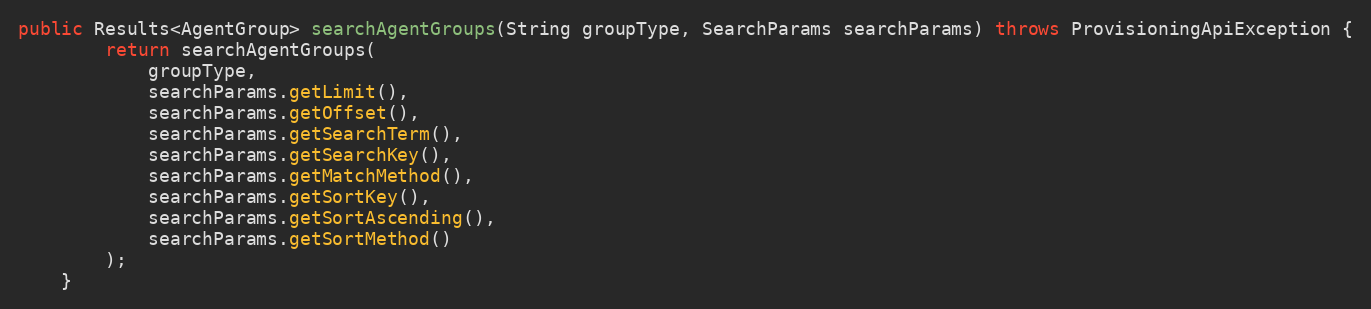
Language: Java
public Results<AgentGroup> searchAgentGroups(String groupType, SearchParams searchParams) throws ProvisioningApiException {
		return searchAgentGroups(
			groupType,
			searchParams.getLimit(),
			searchParams.getOffset(),
			searchParams.getSearchTerm(),
			searchParams.getSearchKey(),
			searchParams.getMatchMethod(),
			searchParams.getSortKey(),
			searchParams.getSortAscending(),
			searchParams.getSortMethod()
		);
	}